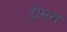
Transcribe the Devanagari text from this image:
ढोमरा